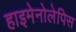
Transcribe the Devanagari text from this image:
हाइमेनोलेपिस